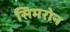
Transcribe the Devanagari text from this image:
सिमरोन